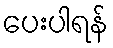
ပေးပါရန်